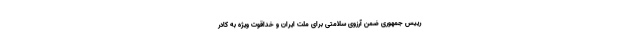
رییس جمهوری ضمن آرزوی سلامتی برای ملت ایران و خداقوت ویژه به کادر